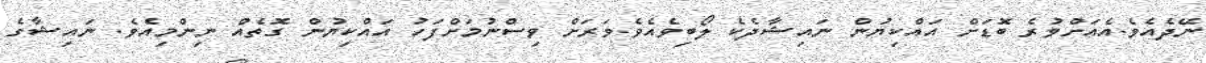
ނޭދެއެވެ.އެއަށްވުރެ ބޮޑަށް އައްކިޔުން ނައިޝާދެކެ ލޯބިވެއެެވެ.ވަރަށް ވިސްނުމަށްފަހު އައްކިޔުން ގޮތެއް ނިންމިއެވެ. ނައިޝާގެ